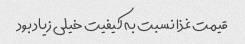
قیمت غذا نسبت به کیفیت خیلی زیاد بود